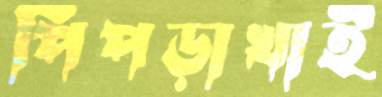
পিপড়াখাই